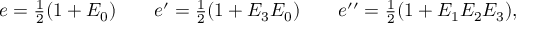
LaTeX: e = { \textstyle \frac { 1 } { 2 } } ( 1 + E _ { 0 } ) \qquad e ^ { \prime } = { \textstyle \frac { 1 } { 2 } } ( 1 + E _ { 3 } E _ { 0 } ) \qquad e ^ { \prime \prime } = { \textstyle \frac { 1 } { 2 } } ( 1 + E _ { 1 } E _ { 2 } E _ { 3 } ) ,